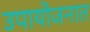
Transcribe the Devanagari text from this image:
उपायोजनात